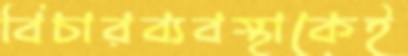
বিচারব্যবস্থাকেই